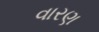
વારણ